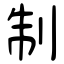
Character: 制